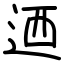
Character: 迺